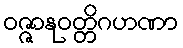
ဝဇ္ဇာနုဝတ္တိဂဟဏာ